Vaccination in Bombay 1902-1912 - 1902-1912
Year: 1902
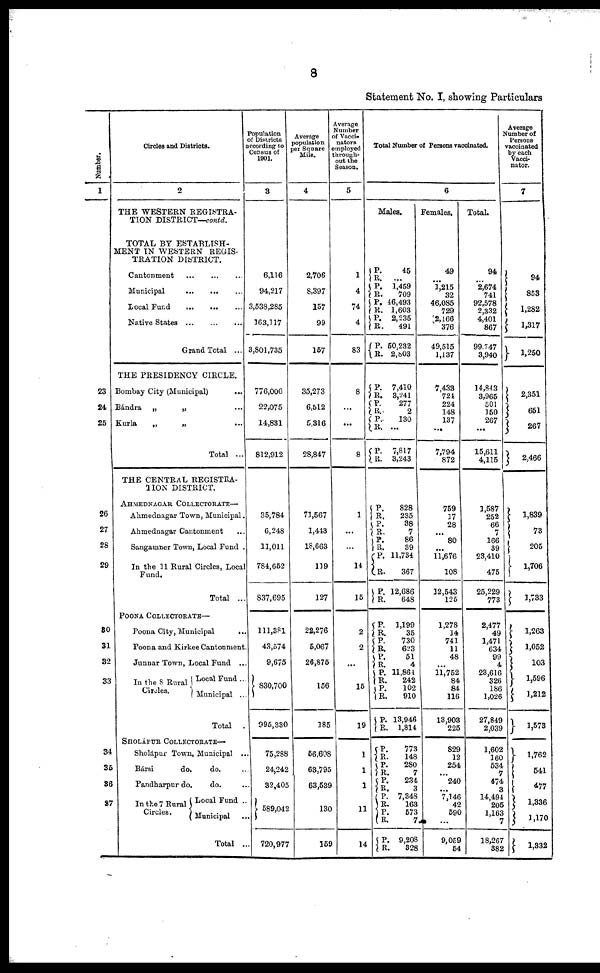
8
Statement No. I, showing Particulars
Number.
1
23
24
25
26
27
28
29
30
31
32
33
34
35
36
37
Circles and Districts.
2
THE WESTERN REGISTRA-
TION DISTRICT—contd.
TOTAL BY ESTABLISH-
MENT IN WESTERN REGIS-
TRATION DISTRICT.
Cantonment ... ... ...
Municipal
...
...
...
Local Fund
...
...
...
Native States
...
...
...
Grand Total ...
THE PRESIDENCY CIRCLE.
Bombay City (Municipal)
...
Bándra „
„ ...
Kurla
„
„ ...
Total ...
THE CENTRAL REGISTRA-
TION DISTRICT.
AHMEDNAGAR COLLECTORATE—
Ahmednagar Town, Municipal.
Ahmednagar Cantonment ...
Sangamner Town, Local Fund .
In the 11 Rural Circles, Local
Fund.
Total ...
POONA COLLECTORATE—
Poona City, Municipal
...
Poona and Kirkee Cantonment.
Junnar Town, Local Fund ...
In the 8 Rural
Circles.
Local Fund ..
Municipal ...
Total .
SHOLÁPUR COLLECTORATE—
Sholápur Town, Municipal ...
Bársi
do.
do. ...
Pandharpur do.
do. ...
In the 7 Rural
Circles.
Local Fund ...
Municipal ...
Total ...
Population
of Districts
according to
Census of
1901.
3
6,116
94,217
3,538,285
163,117
3,801,735
776,006
22,075
14,831
812,912
35,784
6,248
11,011
784,652
837,695
111,381
43,574
9,675
830,700
995,330
75,288
24,242
32,405
589,042
720,977
Average
population
per Square
Mile.
4
2,706
8,397
157
99
157
35,273
6,512
5,316
28,847
71,567
1,443
18,663
119
127
22,276
5,067
26,875
156
185
56,608
63,795
63,539
130
159
Average
Number
of Vacci-
nators
employed
through-
out the
Season.
5
1
4
74
4
83
8
...
...
8
1
...
...
14
15
2
2
...
15
19
1
1
1
11
14
Total Number of Persons vaccinated.
6
Males.
P.
R.
P. R.
P.
R.
P.
R.
P.
R.
P.
R.
P.
R. P.
R.
P.
R.
P.
R. P.
R.
P.
R.
P.
R.
P.
R.
P.
R. P.
R. P.
R. P.
R.
P.
R.
P.
R.
P.
R.
P.
R.
P.
R. P.
R.
P.
R.
P.
R.
45
...
1,459
709
46,493
1,603
2,235
491
50,232
2,803
7,410
3,241
277
2
130
...
7,817
3,243
828
235
38
7
86
39
11,734
367
12,686
648
1,199
35
730
623
51
4
11,864
242
102
910
13,946
1,814
773
148
280
7
234
3
7,348
163
573
7
9,208
328
Females.
49
...
1,215
32
46,085
729
2,166
376
49,515
1,137
7,433
724
224
148
137
...
7,794
872
759
17
28
...
80
...
11,676
108
12,543
126
1,278
14
741
11
48
...
11,752
84
84
116
13,903
225
829
12
254
...
240
...
7,146
42
590
...
9,059
54
Total.
94
...
2,674
741
92,578
2,332
4,401
867
99,747
3,940
14,843
3,965
501
150
267
...
15,611
4,115
1,587
252
66
7
166
39
23,410
475
25,229
773
2,477
49
1,471
634
99
4
23,616
326
186
1,026
27,849
2,039
1,602
160
534
7
474
3
14,494
205
1,163
7
18,267
382
Average
Number of
Persons
vaccinated
by each
Vacci-
nator.
7
94
853
1,282
1,317
1,250
2,351
651
267
2,466
1,839
73
205
1,706
1,733
1,263
1,052
103
1,596
1,212
1,573
1,762
541
477
1,336
1,170
1,332